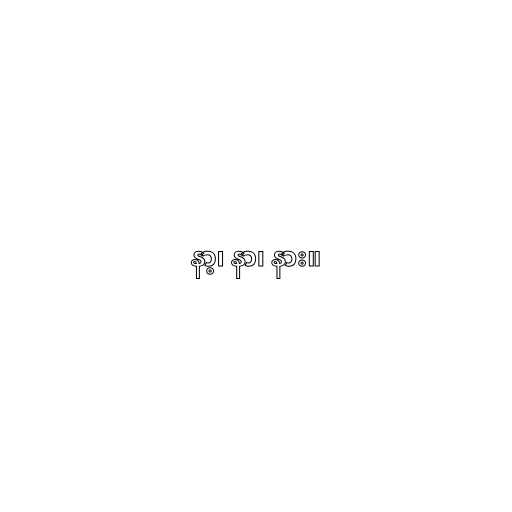
နာ့၊ နာ၊ နား။